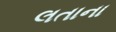
લતાના